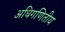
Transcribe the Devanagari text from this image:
अधिगणितीय